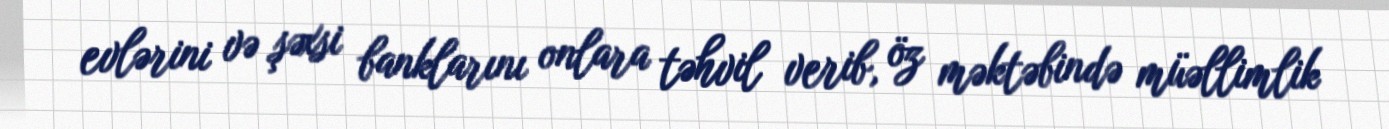
evlərini və şəxsi banklarını onlara təhvil verib, öz məktəbində müəllimlik